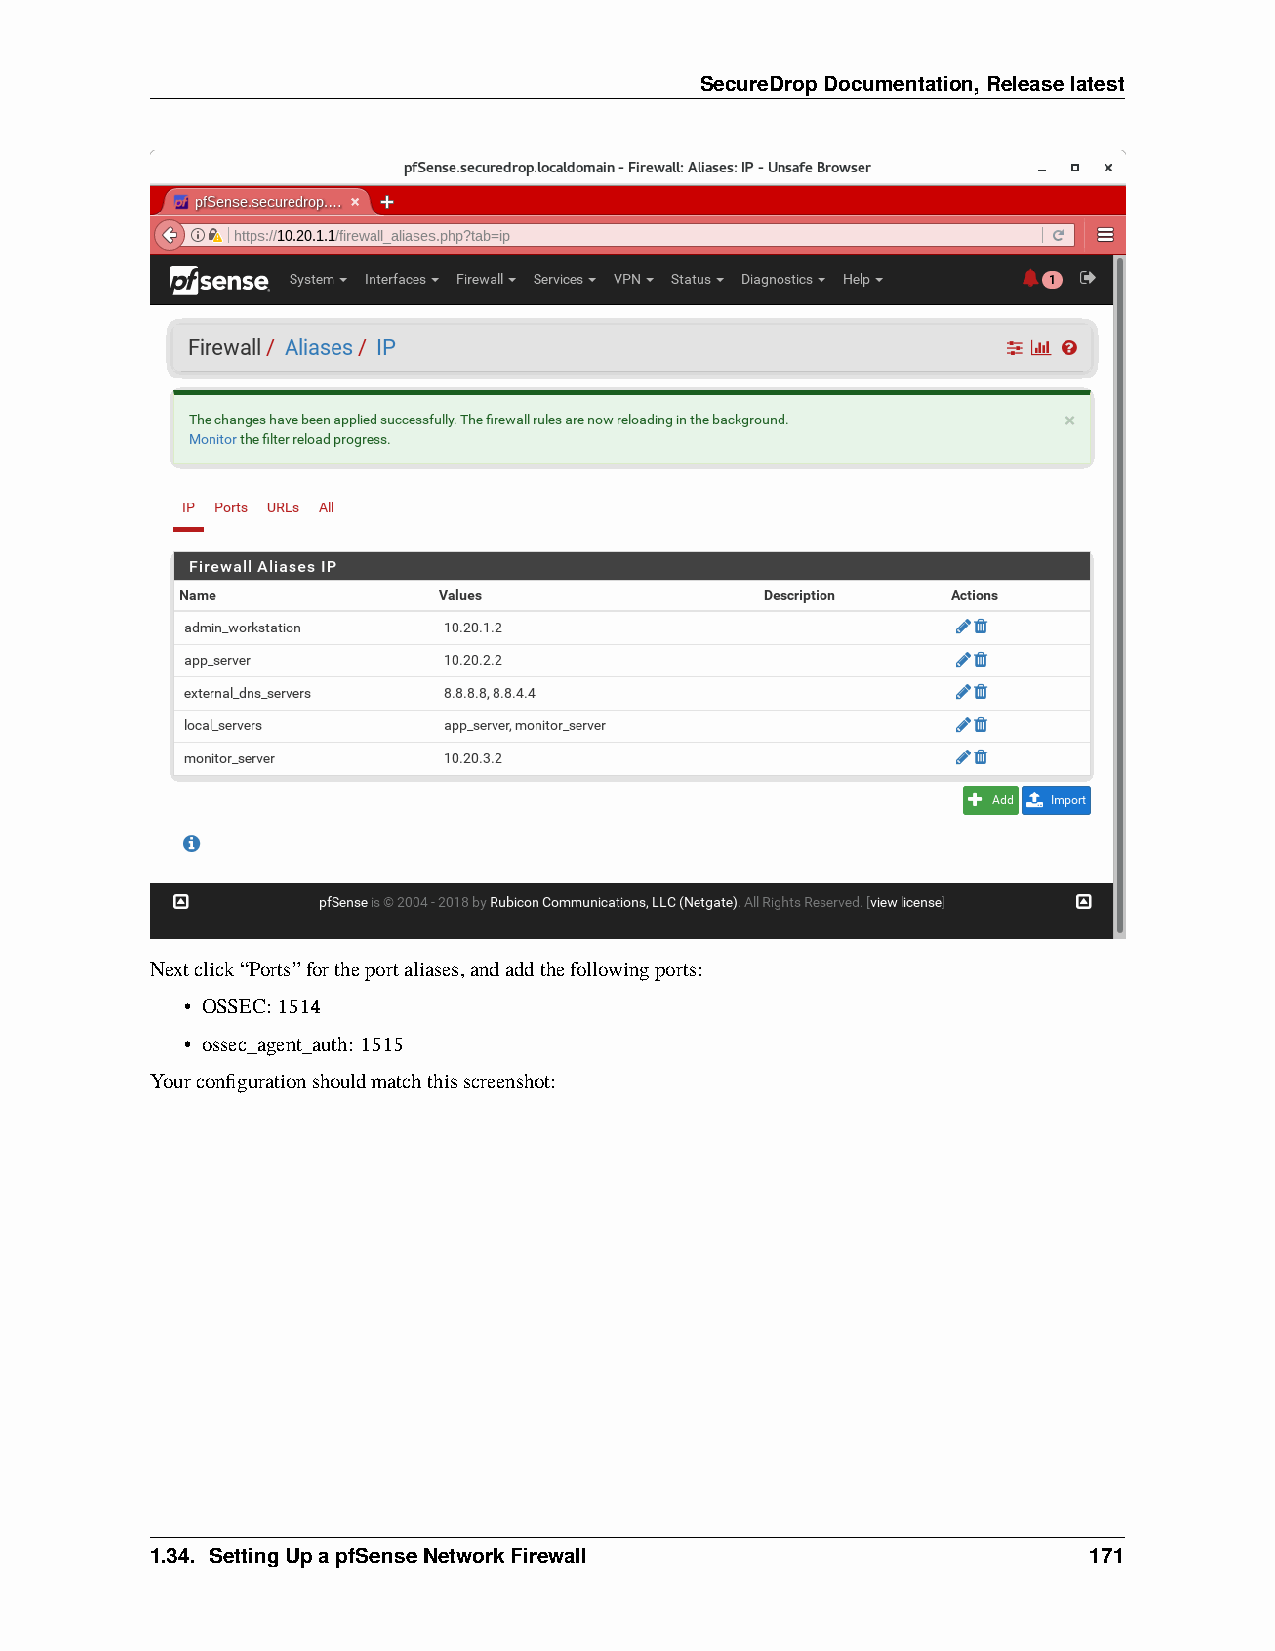
SecureDropDocumentation,Releaselatest
 Nextclick“Ports”fortheportaliases,andaddthefollowingports:
 • OSSEC:1514
 • ossec_agent_auth: 1515
 Yourconfigurationshouldmatchthisscreenshot:
 1.34. SettingUpapfSenseNetworkFirewall                        171